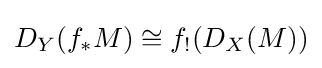
D_{Y}(f_{*}M)\cong f_{!}(D_{X}(M))